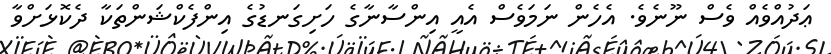
ޢަދުއްވެއް ވެސް ނޫނެވެ. އެހެން ނަމަވެސް އެއީ އިންސާނާގެ ހަށިގަނޑުގެ އިންފެކްޝަންތަކާ ދެކޮޅަށްވާ